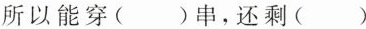
所以能穿()串，还剩()